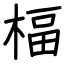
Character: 楅